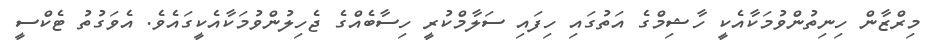
މިރްޒާން ހިނިތުންވުމަކާއެކީ ހާޝިމްގެ އަތުގައި ހިފައި ސަލާމްކުރީ ހިސާބެއްގެ ޖެހިލުންވުމަކާއެކީގައެވެ. އެވަގުތު ޓެކްސީ